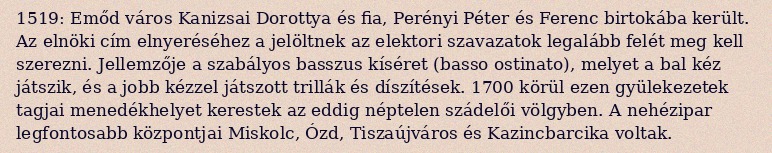
1519: Emőd város Kanizsai Dorottya és fia, Perényi Péter és Ferenc birtokába került. Az elnöki cím elnyeréséhez a jelöltnek az elektori szavazatok legalább felét meg kell szerezni. Jellemzője a szabályos basszus kíséret (basso ostinato), melyet a bal kéz játszik, és a jobb kézzel játszott trillák és díszítések. 1700 körül ezen gyülekezetek tagjai menedékhelyet kerestek az eddig néptelen szádelői völgyben. A nehézipar legfontosabb központjai Miskolc, Ózd, Tiszaújváros és Kazincbarcika voltak.